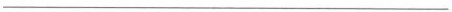
___